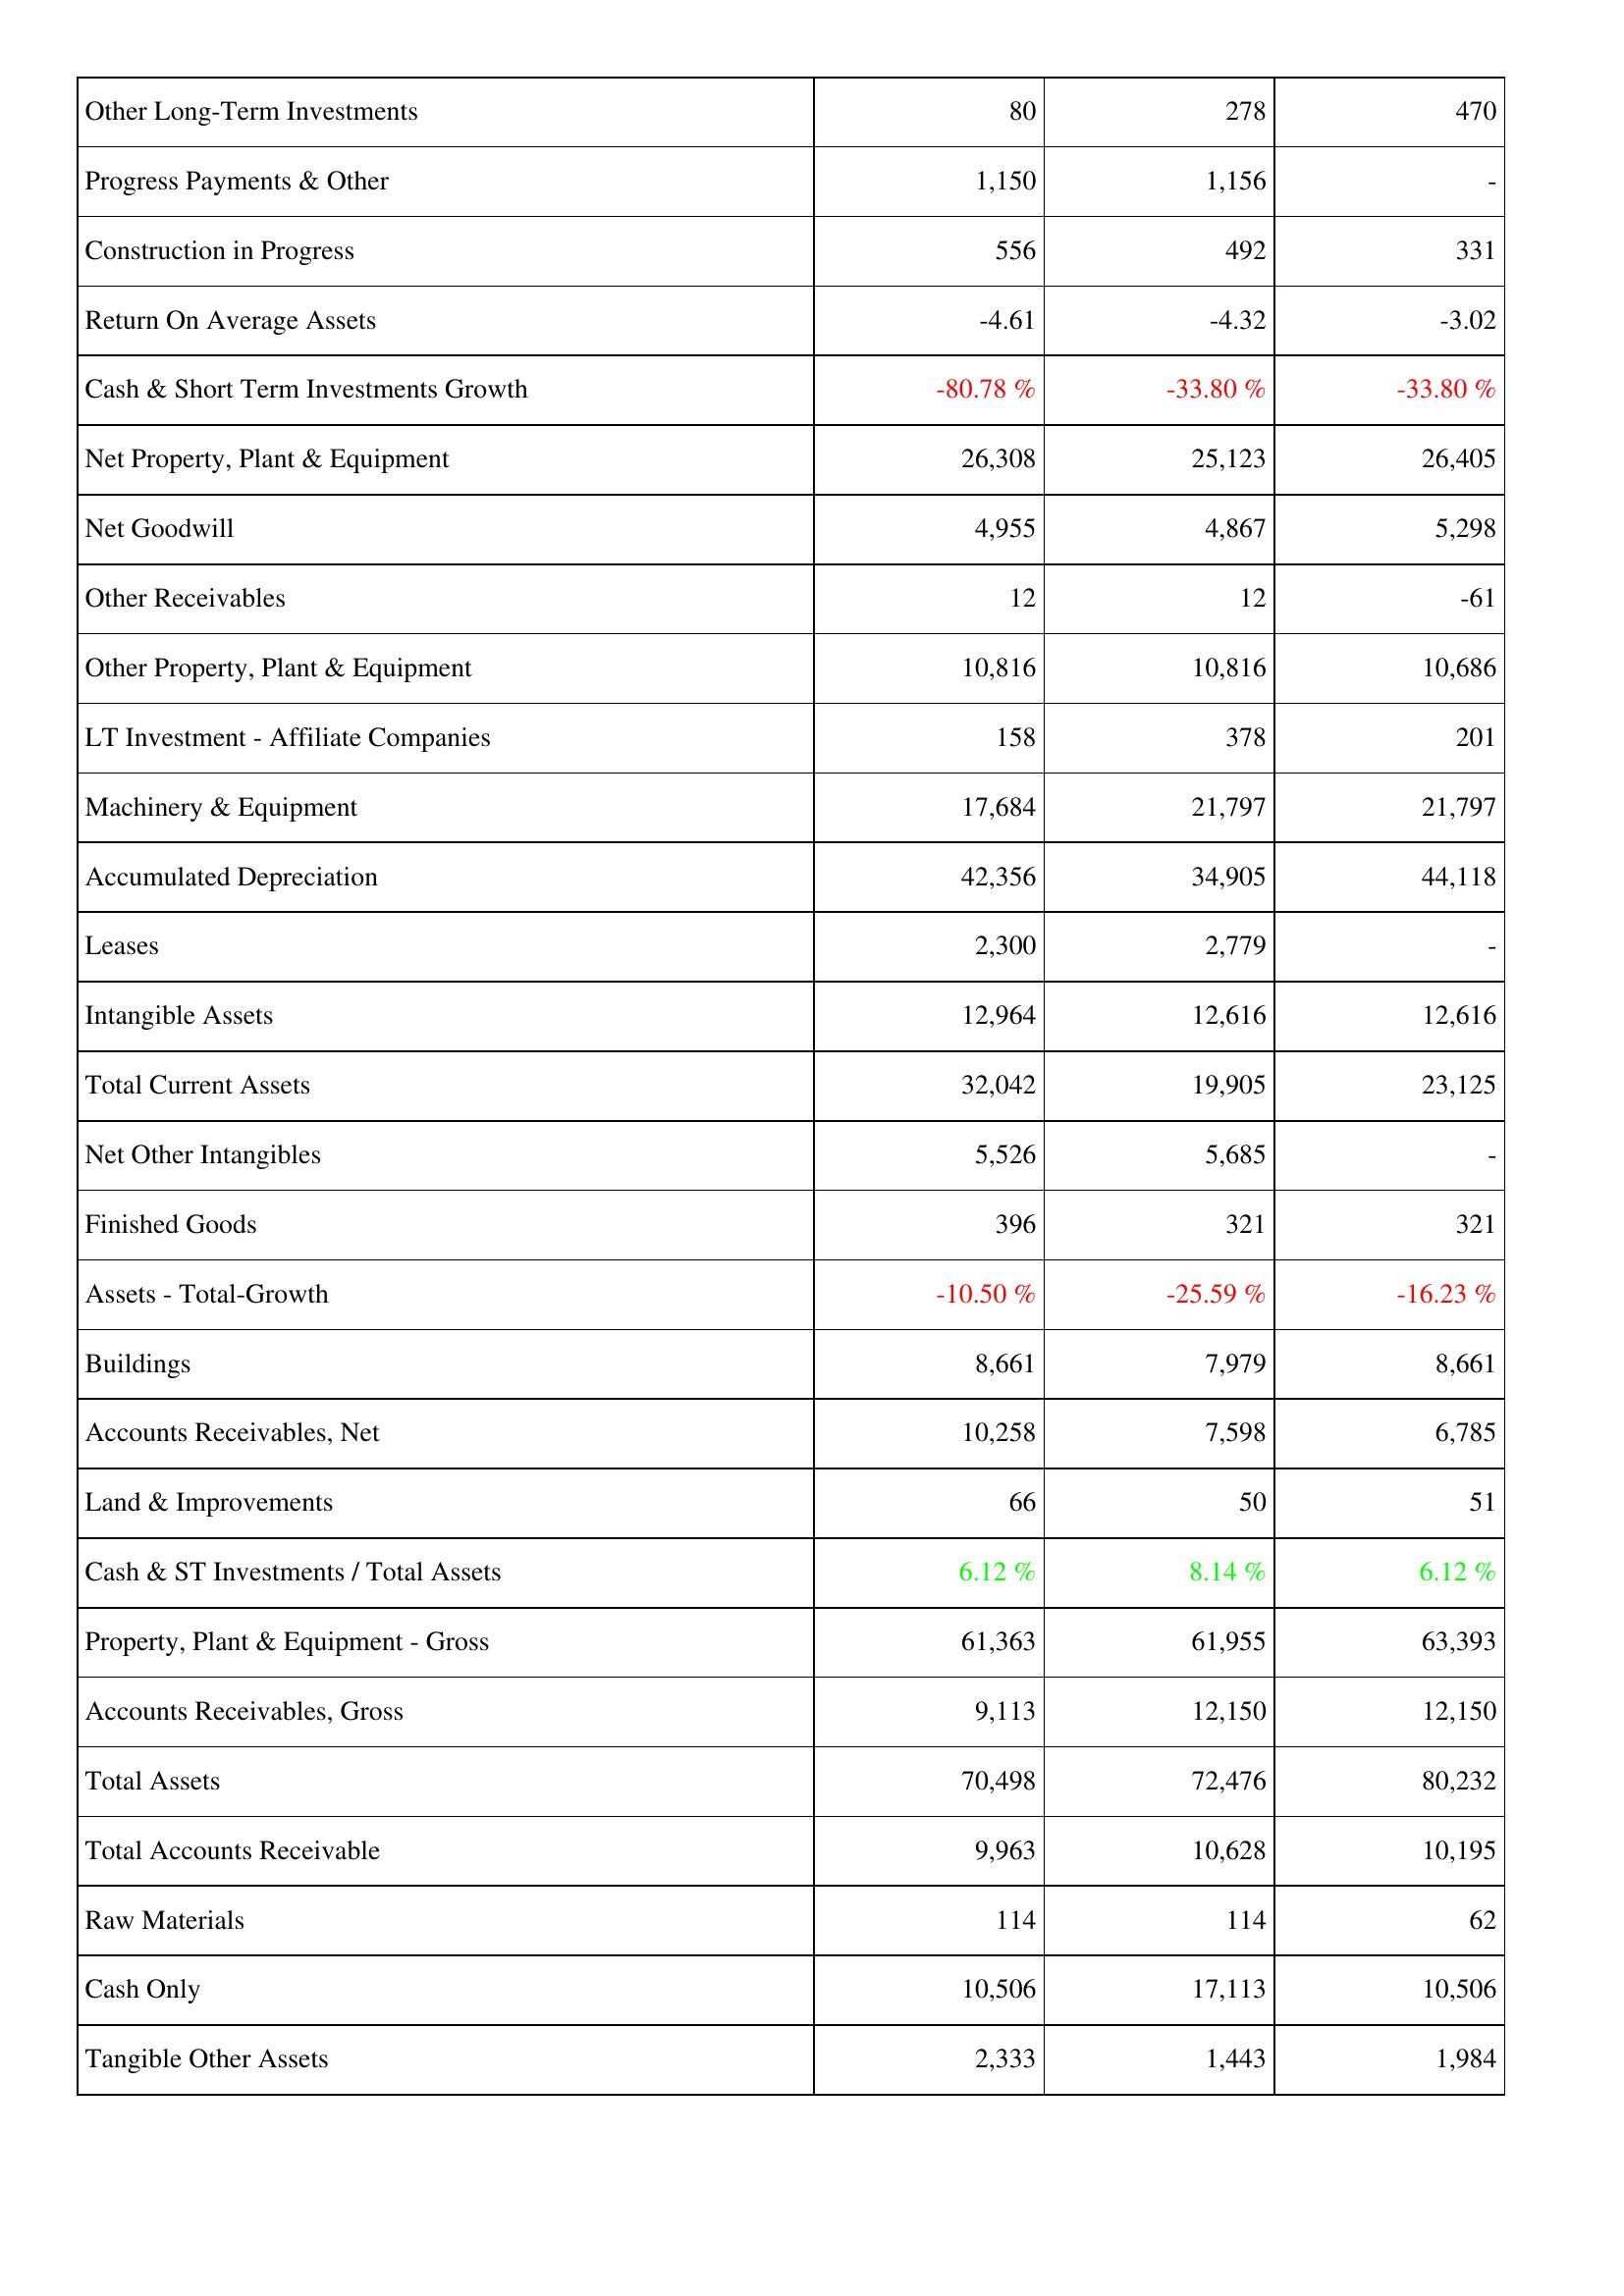
2010: Assets: Other Long-Term Investments: 80
Progress Payments & Other: 1,150
Construction in Progress: 556
Return On Average Assets: -4.61
Cash & Short Term Investments Growth: -80.78 %
Net Property, Plant & Equipment: 26,308
Net Goodwill: 4,955
Other Receivables: 12
Other Property, Plant & Equipment: 10,816
LT Investment - Affiliate Companies: 158
Machinery & Equipment: 17,684
Accumulated Depreciation: 42,356
Leases: 2,300
Intangible Assets: 12,964
Total Current Assets: 32,042
Net Other Intangibles: 5,526
Finished Goods: 396
Assets - Total-Growth: -10.50 %
Buildings: 8,661
Accounts Receivables, Net: 10,258
Land & Improvements: 66
Cash & ST Investments / Total Assets: 6.12 %
Property, Plant & Equipment - Gross: 61,363
Accounts Receivables, Gross: 9,113
Total Assets: 70,498
Total Accounts Receivable: 9,963
Raw Materials: 114
Cash Only: 10,506
Tangible Other Assets: 2,333
2011: Assets: Other Long-Term Investments: 278
Progress Payments & Other: 1,156
Construction in Progress: 492
Return On Average Assets: -4.32
Cash & Short Term Investments Growth: -33.80 %
Net Property, Plant & Equipment: 25,123
Net Goodwill: 4,867
Other Receivables: 12
Other Property, Plant & Equipment: 10,816
LT Investment - Affiliate Companies: 378
Machinery & Equipment: 21,797
Accumulated Depreciation: 34,905
Leases: 2,779
Intangible Assets: 12,616
Total Current Assets: 19,905
Net Other Intangibles: 5,685
Finished Goods: 321
Assets - Total-Growth: -25.59 %
Buildings: 7,979
Accounts Receivables, Net: 7,598
Land & Improvements: 50
Cash & ST Investments / Total Assets: 8.14 %
Property, Plant & Equipment - Gross: 61,955
Accounts Receivables, Gross: 12,150
Total Assets: 72,476
Total Accounts Receivable: 10,628
Raw Materials: 114
Cash Only: 17,113
Tangible Other Assets: 1,443
2012: Assets: Other Long-Term Investments: 470
Progress Payments & Other: -
Construction in Progress: 331
Return On Average Assets: -3.02
Cash & Short Term Investments Growth: -33.80 %
Net Property, Plant & Equipment: 26,405
Net Goodwill: 5,298
Other Receivables: -61
Other Property, Plant & Equipment: 10,686
LT Investment - Affiliate Companies: 201
Machinery & Equipment: 21,797
Accumulated Depreciation: 44,118
Leases: -
Intangible Assets: 12,616
Total Current Assets: 23,125
Net Other Intangibles: -
Finished Goods: 321
Assets - Total-Growth: -16.23 %
Buildings: 8,661
Accounts Receivables, Net: 6,785
Land & Improvements: 51
Cash & ST Investments / Total Assets: 6.12 %
Property, Plant & Equipment - Gross: 63,393
Accounts Receivables, Gross: 12,150
Total Assets: 80,232
Total Accounts Receivable: 10,195
Raw Materials: 62
Cash Only: 10,506
Tangible Other Assets: 1,984